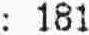
: 181